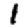
Digit: 1